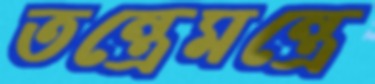
তন্ত্রেমন্ত্রে